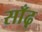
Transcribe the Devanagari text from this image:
साँढ़़